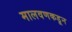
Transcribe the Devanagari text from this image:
मालवणकडून